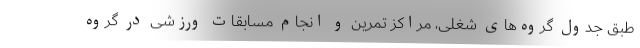
طبق جدول گروه‌های شغلی، مراکز تمرین و انجام مسابقات ورزشی در گروه